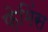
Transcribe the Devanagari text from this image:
फ़ेमिंस